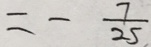
= - \frac { 7 } { 2 5 }